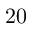
2 0